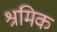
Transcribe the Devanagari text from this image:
श्रमिक